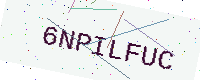
Text: 6NPILFUC